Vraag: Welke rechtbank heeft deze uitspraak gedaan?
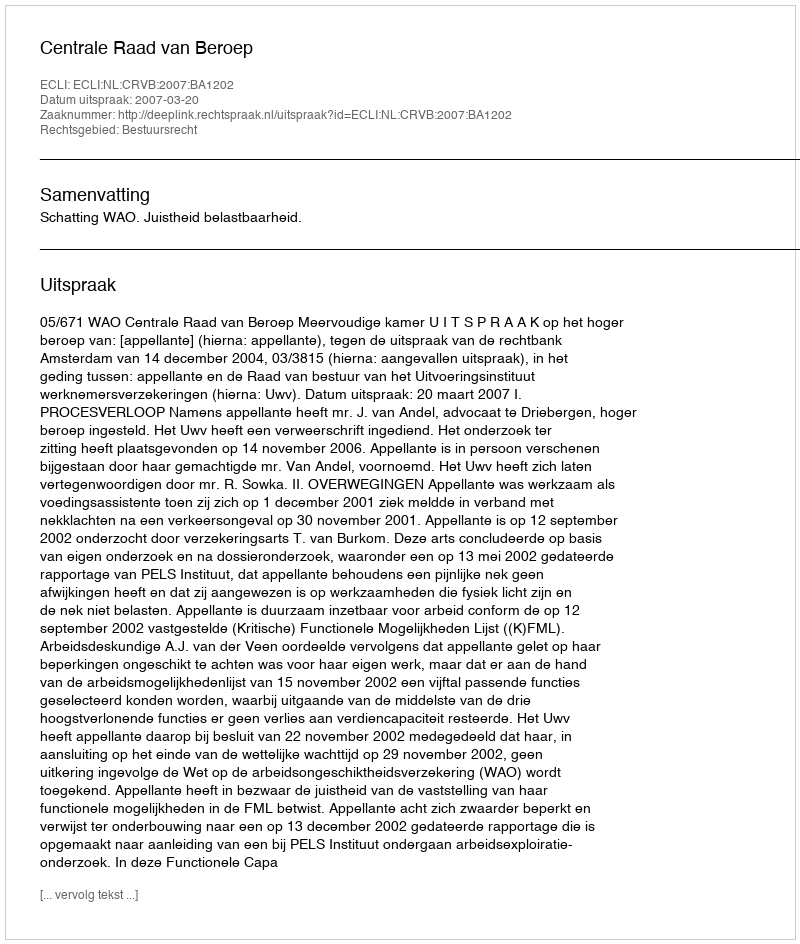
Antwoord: Centrale Raad van Beroep